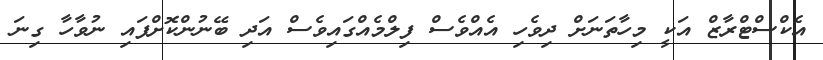
އެކްސްޓްރާޒް އަކީ މިހާތަނަށް ދިވެހި އެއްވެސް ފިލްމެއްގައިވެސް އަދި ބޭނުންކޮށްފައި ނުވާހާ ގިނަ